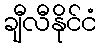
ချီလီနိုင်ငံ